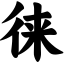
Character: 徕